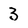
Character: 3